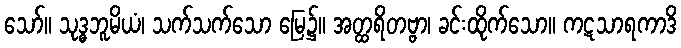
သော်။ သုဒ္ဓဘူမိယံ၊ သက်သက်သော မြေ၌။ အတ္ထရိတဗ္ဗာ၊ ခင်းထိုက်သော။ ကဋသာရကာဒိ